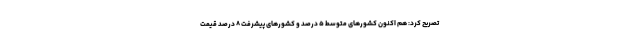
تصریح کرد: هم اکنون کشورهای متوسط ۵ درصد و کشورهای پیشرفت ۸ درصد قیمت